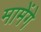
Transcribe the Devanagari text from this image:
मामेंगे